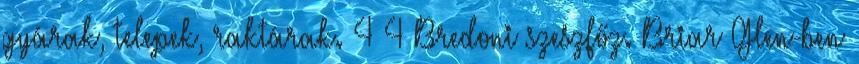
gyárak, telepek, raktárak. 4 4 Bredoni szeszfőz. Briar Glen-ben